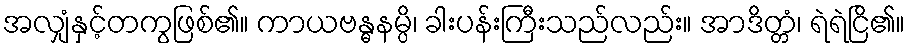
အလျှံနှင့်တကွဖြစ်၏။ ကာယဗန္ဓနမ္ပိ၊ ခါးပန်းကြီးသည်လည်း။ အာဒိတ္တံ၊ ရဲရဲငြိ၏။